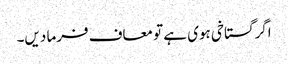
اگر گستاخی ہوی ہے تو معاف فرما دیں۔